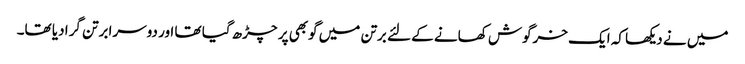
میں نے دیکھا کہ ایک خرگوش کھانے کے لئے برتن میں گوبھی پر چڑھ گیا تھا اور دوسرا برتن گرا دیا تھا۔